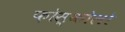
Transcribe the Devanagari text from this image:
फ़ोस्कोलो